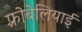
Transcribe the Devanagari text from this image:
फ़्रोबेलियाई